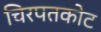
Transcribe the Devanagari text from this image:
चिरपतकोट